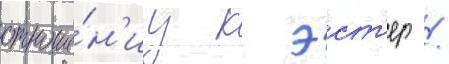
отноше́н'иу к эст'ер /